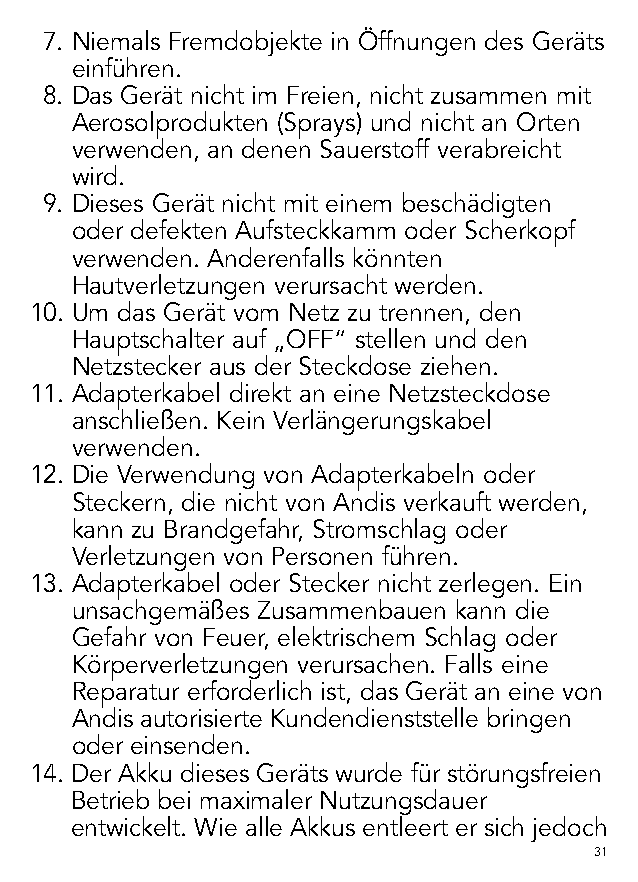
7. Niemals Fremdobjekte in Öffnungen des Geräts
 einführen.
 8. Das Gerät nicht im Freien, nicht zusammen mit
 Aerosolprodukten (Sprays) und nicht an Orten
 verwenden, an denen Sauerstoff verabreicht
 wird.
 9. Dieses Gerät nicht mit einem beschädigten
 oder defekten Aufsteckkamm oder Scherkopf
 verwenden. Anderenfalls könnten
 Hautverletzungen verursacht werden.
 10. Um das Gerät vom Netz zu trennen, den
 Hauptschalter auf „OFF“ stellen und den
 Netzstecker aus der Steckdose ziehen.
 11. Adapterkabel direkt an eine Netzsteckdose
 anschließen. Kein Verlängerungskabel
 verwenden.
 12. Die Verwendung von Adapterkabeln oder
 Steckern, die nicht von Andis verkauft werden,
 kann zu Brandgefahr, Stromschlag oder
 Verletzungen von Personen führen.
 13. Adapterkabel oder Stecker nicht zerlegen. Ein
 unsachgemäßes Zusammenbauen kann die
 Gefahr von Feuer, elektrischem Schlag oder
 Körperverletzungen verursachen. Falls eine
 Reparatur erforderlich ist, das Gerät an eine von
 Andis autorisierte Kundendienststelle bringen
 oder einsenden.
 14. D er Akku dieses Geräts wurde für störungsfreien
 Betrieb bei maximaler Nutzungsdauer
 entwickelt. Wie alle Akkus entleert er sich jedoch
 31